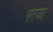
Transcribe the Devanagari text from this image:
परधा